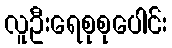
လူဦးရေစုစုပေါင်း